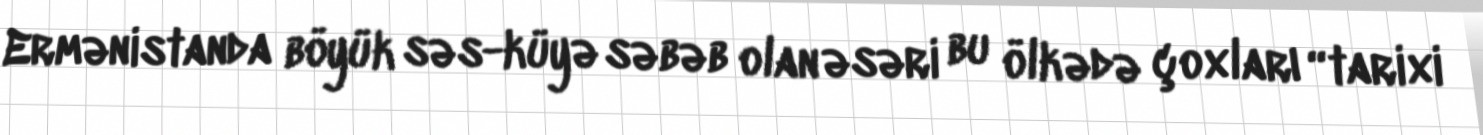
Ermənistanda böyük səs-küyə səbəb olan əsəri bu ölkədə çoxları “tarixi